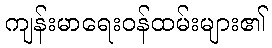
ကျန်းမာရေးဝန်ထမ်းများ၏